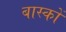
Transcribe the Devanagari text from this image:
बास्कों